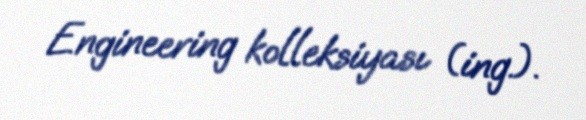
Engineering kolleksiyası (ing.).